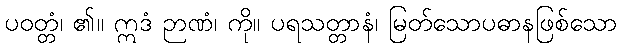
ပဝတ္တံ၊ ၏။ ဣဒံ ဉာဏံ၊ ကို။ ပရသတ္တာနံ၊ မြတ်သောပဓာနဖြစ်သော